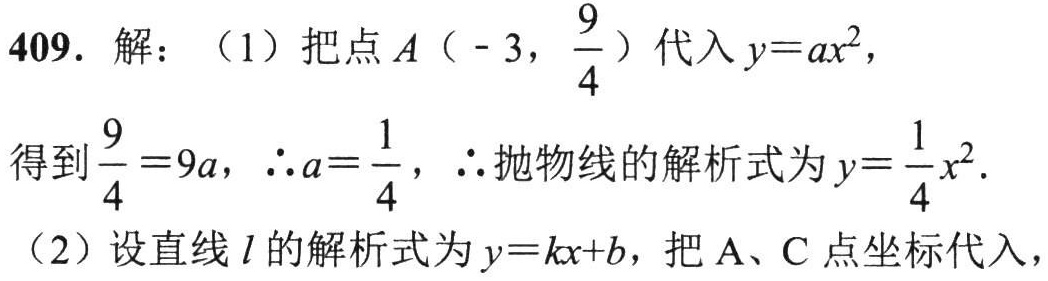
409. 解：（1）把点\(A\left(-3,\dfrac{9}{4}\right)\)代入\(y = ax^{2}\)，
得到\(\dfrac{9}{4}=9a\)，\(\therefore a=\dfrac{1}{4}\)，\(\therefore\)抛物线的解析式为\(y=\dfrac{1}{4}x^{2}\).
（2）设直线\(l\)的解析式为\(y = kx + b\)，把 A、C 点坐标代入，